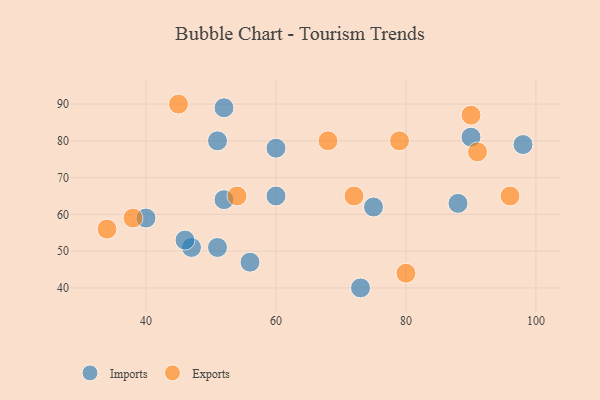
{"axis": {"x": "GDP", "y": "Life Expectancy"}, "legend": ["Exports", "Imports"], "data": [{"x": "75", "y": 62, "type": "Imports"}, {"x": "52", "y": 64, "type": "Imports"}, {"x": "47", "y": 51, "type": "Imports"}, {"x": "60", "y": 65, "type": "Imports"}, {"x": "73", "y": 40, "type": "Imports"}, {"x": "56", "y": 47, "type": "Imports"}, {"x": "52", "y": 89, "type": "Imports"}, {"x": "51", "y": 80, "type": "Imports"}, {"x": "60", "y": 78, "type": "Imports"}, {"x": "98", "y": 79, "type": "Imports"}, {"x": "90", "y": 81, "type": "Imports"}, {"x": "46", "y": 53, "type": "Imports"}, {"x": "40", "y": 59, "type": "Imports"}, {"x": "51", "y": 51, "type": "Imports"}, {"x": "88", "y": 63, "type": "Imports"}, {"x": "79", "y": 80, "type": "Exports"}, {"x": "68", "y": 80, "type": "Exports"}, {"x": "90", "y": 87, "type": "Exports"}, {"x": "91", "y": 77, "type": "Exports"}, {"x": "72", "y": 65, "type": "Exports"}, {"x": "54", "y": 65, "type": "Exports"}, {"x": "80", "y": 44, "type": "Exports"}, {"x": "96", "y": 65, "type": "Exports"}, {"x": "34", "y": 56, "type": "Exports"}, {"x": "45", "y": 90, "type": "Exports"}, {"x": "38", "y": 59, "type": "Exports"}]}